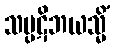
သပ္ပဋိဘယသ္မိံ